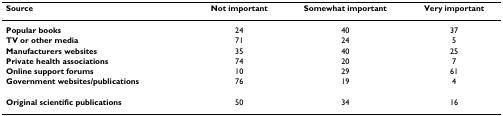
<table><thead><tr><td><b>Source</b></td><td><b>Not important</b></td><td><b>Somewhat important</b></td><td><b>Very important</b></td></tr></thead><tbody><tr><td><b>Popular books</b></td><td>24</td><td>40</td><td>37</td></tr><tr><td><b>TV or other media</b></td><td>71</td><td>24</td><td>5</td></tr><tr><td><b>Manufacturers websites</b></td><td>35</td><td>40</td><td>25</td></tr><tr><td><b>Private health associations</b></td><td>74</td><td>20</td><td>7</td></tr><tr><td><b>Online support forums</b></td><td>10</td><td>29</td><td>61</td></tr><tr><td><b>Government websites/publications</b></td><td>76</td><td>19</td><td>4</td></tr><tr><td><b>Original scientific publications</b></td><td>50</td><td>34</td><td>16</td></tr></tbody></table>